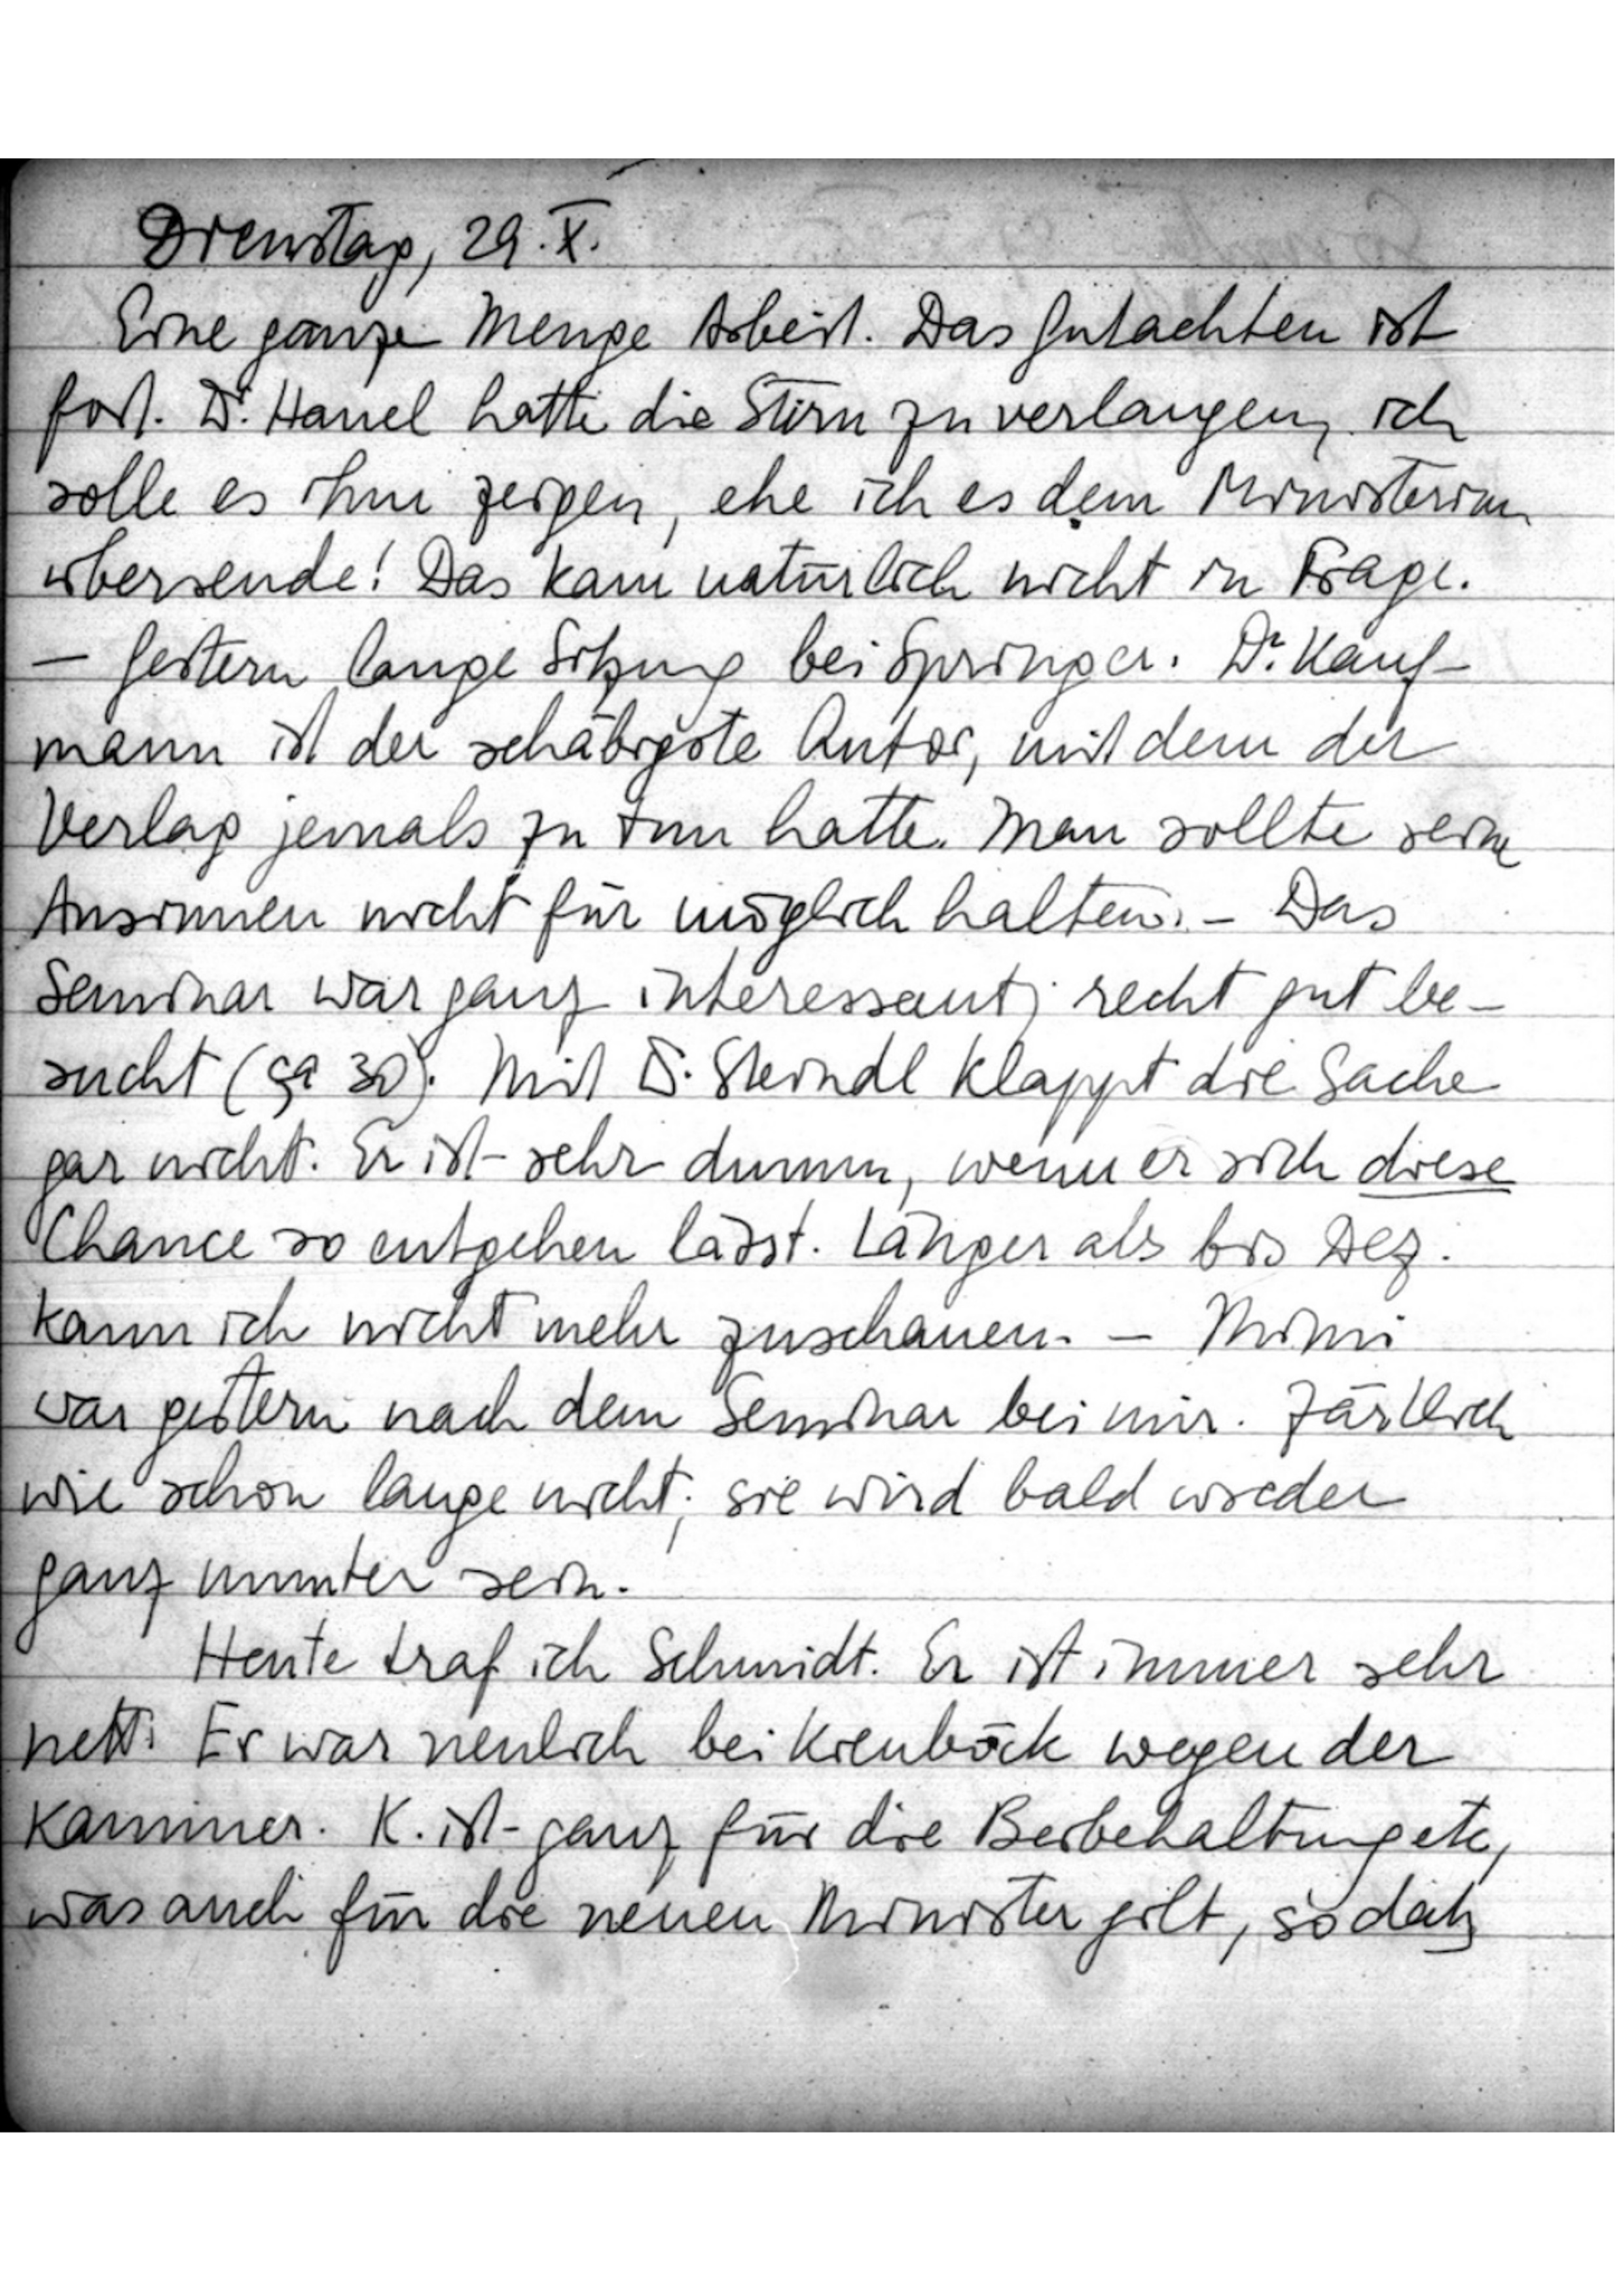
Dienstag, 29. X.
Eine ganze Menge Arbeit. Das Gutachten ist
fort. Dr. Hanel hatte die Stirn zu verlangen, ich
solle es ihm zeigen, ehe ich es dem Ministerium
übersende! Das kam natürlich nicht in Frage.
– Gestern lange Sitzung bei Springer. Dr. Kauf
mann ist der schäbigste Autor, mit dem der
Verlag jemals zu tun hatte. Man sollte seine
Ansinnen nicht für möglich halten. – Das
Seminar war ganz interessan trecht gut be
sucht (ca 30). Mit Dr. Steindl klappt die Sache
gar nicht. Er ist sehr dumm, wenn er sich diese
Chance so entgehen lässt. Länger als bis Dez.
kann ich nicht mehr zuschauen. – Mimi
war gestern nach dem Seminar bei mir. Zärtlich
wie schon lange nicht; sie wird bald wieder
ganz munter sein.
Heute traf ich Schmidt. Er ist immer sehr
nett. Er war neulich bei Kienböck wegen der
Kammer. K. ist ganz für die Beibehaltung etc
was auch für die neuen Minister gilt, so daß